Annual report of the Punjab Veterinary College and of the Civil Veterinary Department, Punjab - 1909-1919
Year: 1909
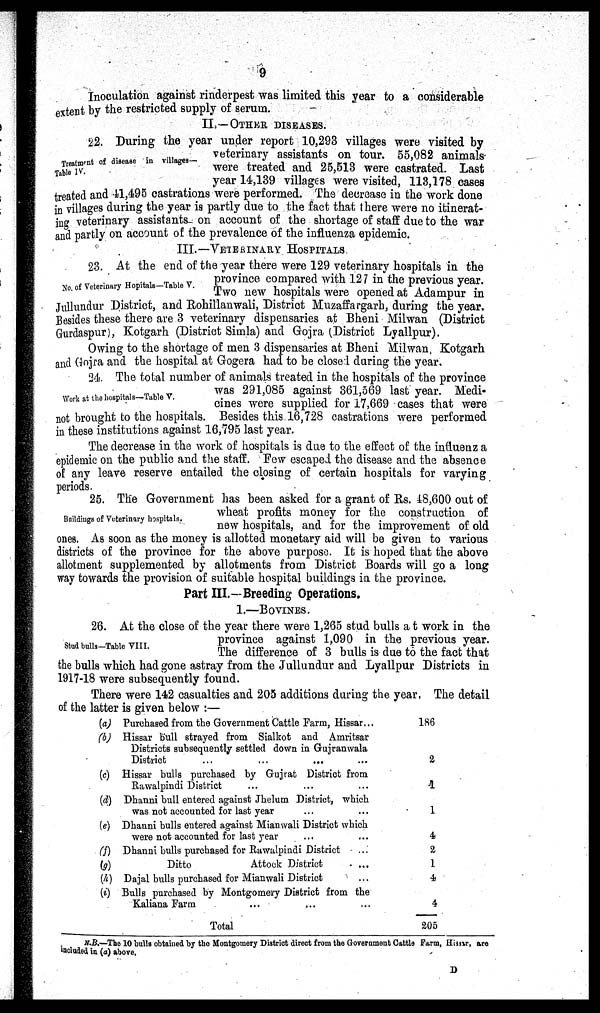
9
Inoculation against rinderpest was limited this year to a considerable
extent by the restricted supply of serum.
II.—OTHER DISEASES.
Treatment of disease in villages-
Table IV.
22. During the year under report 10,293 villages were visited by
veterinary assistants on tour. 55,082 animals
were treated and 25,513 were castrated. Last
year 14,139 villages were visited, 113,178 cases
treated and 41,495 castrations were performed. The decrease in the work done
in villages during the year is partly due to the fact that there were no itinerat-
ing veterinary assistants on account of the shortage of staff due to the war
and partly on account of the prevalence of the influenza epidemic.
III.—VETERINARY HOSPITALS.
No. of Veterinary Hopitals—Table V.
23. At the end of the year there were 129 veterinary hospitals in the
province compared with 127 in the previous year.
Two new hospitals were opened at Adampur in
Jullundur District, and Rohillanwali, District Muzaffargarh, during the year.
Besides these there are 3 veterinary dispensaries at Bheni Milwan (District
Gurdaspur), Kotgarh (District Simla) and Gojra (District Lyallpur).
Owing to the shortage of men 3 dispensaries at Bheni Milwan Kotgarh
and Gojra and the hospital at Gogera had to be closed during the year.
Work at the hospitals—Table V.
24.The total number of animals treated in the hospitals of the province
was 291,085 against 361,569 last year. Medi-
cines were supplied for 17,669 cases that were
not brought to the hospitals. Besides this 16,728 castrations were performed
in these institutions against 16,795 last year.
The decrease in the work of hospitals is due to the effect of the influenz a
epidemic on the public and the staff. Few escaped the disease and the absence
of any leave reserve entailed the closing of certain hospitals for varying
periods.
Buildings of Veterinary hospitals.
25. The Government has been asked for a grant of Rs. 48,600 out of
wheat profits money for the construction of
new hospitals, and for the improvement of old
ones. As soon as the money is allotted monetary aid will be given to various
districts of the province for the above purpose. It is hoped that the above
allotment supplemented by allotments from District Boards will go a long
way towards the provision of suitable hospital buildings in the province.
Part III.—Breeding Operations.
1.—BOVINES.
Stud bulls-Table VIII.
26. At the close of the year there were 1,265 stud bulls at work in the
province against 1,090 in the previous year.
The difference of 3 bulls is due to the fact that
the bulls which had gone astray from the Jullundur and Lyallpur Districts in
1917-18 were subsequently found.
There were 142 casualties and 205 additions during the year, The detail
of the latter is given below :—
(a)
(b)
(c)
(d)
(e)
(f)
(g)
(h)
(i)
Purchased from the Government Cattle Farm, Hissar...
Hissar bull strayed from Sialkot and Amritsar
Districts subsequently settled down in Gujranwala
District
...
...
... ...
Hissar bulls purchased by Gujrat District from
Rawalpindi District ... ... ...
Dhanni bull entered against Jhelum District, which
was not accounted for last year ... ...
Dhanni bulls entered against Mianwali District which
were not accounted for last year ... ...
Dhanni bulls purchased for Rawalpindi District ...
Ditto
Attock District ...
Dajal bulls purchased for Mianwali District ...
Bulls purchased by Montgomery District from the
Kaliana Farm ... ... ...
Total
186
2
4
1
4
2
1
4
4
205
N.B.—The 10 bulls obtained by the Montgomery District direct from the Government Cattle Farm, Hissar, are
included in (a) above.
D